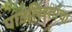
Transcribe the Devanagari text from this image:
पाउलिस्तांचा